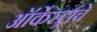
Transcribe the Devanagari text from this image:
ऑर्केस्ट्रांचे